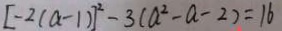
[ - 2 ( a - 1 ) ] ^ { 2 } - 3 ( a ^ { 2 } - a - 2 ) = 1 6